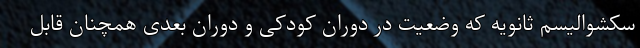
سکشوالیسم ثانویه که وضعیت در دوران کودکی و دوران بعدی همچنان قابل